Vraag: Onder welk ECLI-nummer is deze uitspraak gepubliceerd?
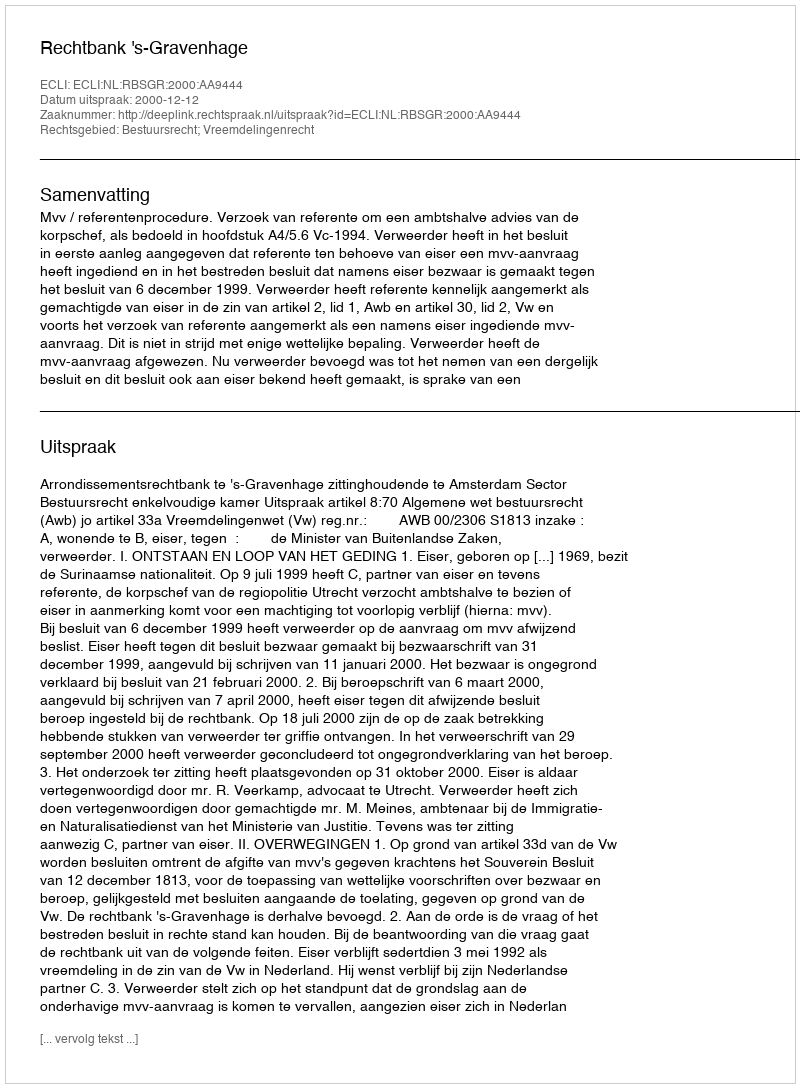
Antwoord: ECLI:NL:RBSGR:2000:AA9444